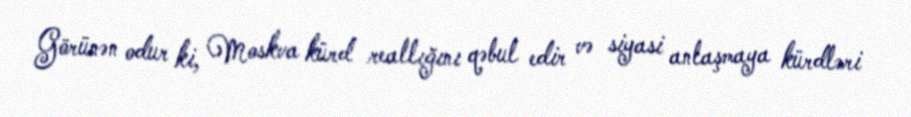
Görünən odur ki, Moskva kürd reallığını qəbul edir və siyasi anlaşmaya kürdləri